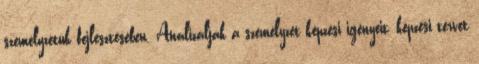
személyzetük fejlesztésében. Analizálják a személyzet képzési igényeit, képzési tervet